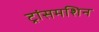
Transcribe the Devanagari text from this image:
ट्रांसमशिन